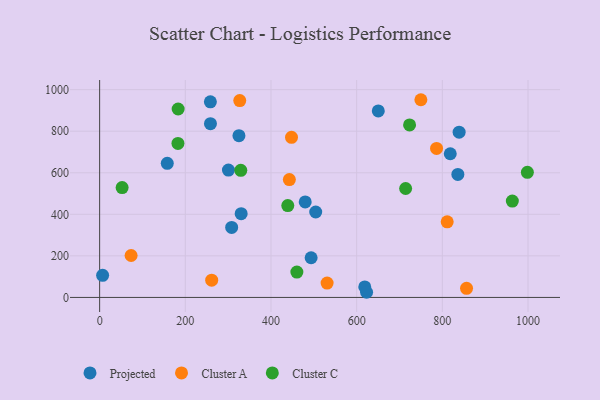
{"axis": {"x": "Speed", "y": "Fuel Efficiency"}, "legend": ["Cluster A", "Cluster C", "Projected"], "data": [{"x": "157.9", "y": 645.2, "type": "Projected"}, {"x": "300.7", "y": 613.0, "type": "Projected"}, {"x": "650.5", "y": 897.7, "type": "Projected"}, {"x": "839.2", "y": 795.4, "type": "Projected"}, {"x": "618.9", "y": 50.4, "type": "Projected"}, {"x": "836.2", "y": 592.1, "type": "Projected"}, {"x": "308.2", "y": 337.1, "type": "Projected"}, {"x": "258.7", "y": 836.2, "type": "Projected"}, {"x": "493.7", "y": 191.0, "type": "Projected"}, {"x": "479.9", "y": 459.4, "type": "Projected"}, {"x": "325.2", "y": 778.4, "type": "Projected"}, {"x": "330.4", "y": 403.2, "type": "Projected"}, {"x": "623.2", "y": 24.8, "type": "Projected"}, {"x": "258.5", "y": 941.3, "type": "Projected"}, {"x": "504.4", "y": 411.1, "type": "Projected"}, {"x": "7.0", "y": 106.4, "type": "Projected"}, {"x": "818.5", "y": 691.5, "type": "Projected"}, {"x": "749.9", "y": 951.5, "type": "Cluster A"}, {"x": "261.6", "y": 82.8, "type": "Cluster A"}, {"x": "531.0", "y": 69.2, "type": "Cluster A"}, {"x": "327.1", "y": 947.5, "type": "Cluster A"}, {"x": "786.5", "y": 717.2, "type": "Cluster A"}, {"x": "856.5", "y": 43.6, "type": "Cluster A"}, {"x": "811.3", "y": 363.9, "type": "Cluster A"}, {"x": "442.9", "y": 567.1, "type": "Cluster A"}, {"x": "73.5", "y": 201.7, "type": "Cluster A"}, {"x": "447.9", "y": 770.7, "type": "Cluster A"}, {"x": "998.5", "y": 602.0, "type": "Cluster C"}, {"x": "963.4", "y": 463.5, "type": "Cluster C"}, {"x": "723.5", "y": 830.2, "type": "Cluster C"}, {"x": "52.5", "y": 528.5, "type": "Cluster C"}, {"x": "182.8", "y": 741.3, "type": "Cluster C"}, {"x": "460.4", "y": 122.0, "type": "Cluster C"}, {"x": "714.3", "y": 524.3, "type": "Cluster C"}, {"x": "439.2", "y": 442.1, "type": "Cluster C"}, {"x": "329.5", "y": 611.5, "type": "Cluster C"}, {"x": "183.3", "y": 906.8, "type": "Cluster C"}]}